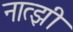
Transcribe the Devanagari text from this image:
नात्झी